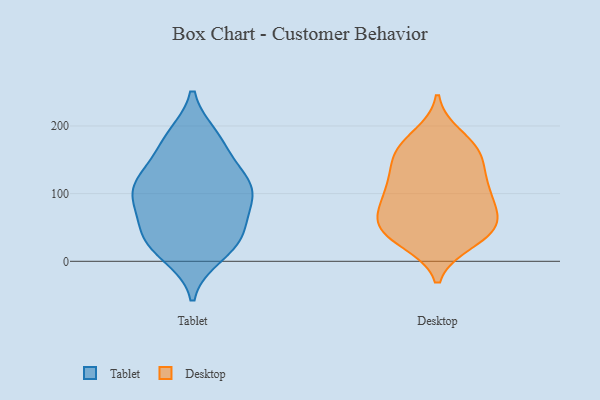
{"axis": {"x": "Bounce Rate (%)", "y": "Value"}, "legend": ["Desktop", "Tablet"], "data": [{"x": "", "y": 124, "type": "Tablet"}, {"x": "", "y": 179, "type": "Tablet"}, {"x": "", "y": 113, "type": "Tablet"}, {"x": "", "y": 170, "type": "Tablet"}, {"x": "", "y": 108, "type": "Tablet"}, {"x": "", "y": 183, "type": "Tablet"}, {"x": "", "y": 78, "type": "Tablet"}, {"x": "", "y": 24, "type": "Tablet"}, {"x": "", "y": 43, "type": "Tablet"}, {"x": "", "y": 66, "type": "Tablet"}, {"x": "", "y": 10, "type": "Tablet"}, {"x": "", "y": 121, "type": "Tablet"}, {"x": "", "y": 31, "type": "Tablet"}, {"x": "", "y": 100, "type": "Tablet"}, {"x": "", "y": 32, "type": "Tablet"}, {"x": "", "y": 101, "type": "Tablet"}, {"x": "", "y": 148, "type": "Desktop"}, {"x": "", "y": 43, "type": "Desktop"}, {"x": "", "y": 46, "type": "Desktop"}, {"x": "", "y": 108, "type": "Desktop"}, {"x": "", "y": 157, "type": "Desktop"}, {"x": "", "y": 55, "type": "Desktop"}, {"x": "", "y": 97, "type": "Desktop"}, {"x": "", "y": 112, "type": "Desktop"}, {"x": "", "y": 168, "type": "Desktop"}, {"x": "", "y": 184, "type": "Desktop"}, {"x": "", "y": 57, "type": "Desktop"}, {"x": "", "y": 30, "type": "Desktop"}, {"x": "", "y": 117, "type": "Desktop"}, {"x": "", "y": 37, "type": "Desktop"}, {"x": "", "y": 162, "type": "Desktop"}, {"x": "", "y": 81, "type": "Desktop"}, {"x": "", "y": 72, "type": "Desktop"}]}